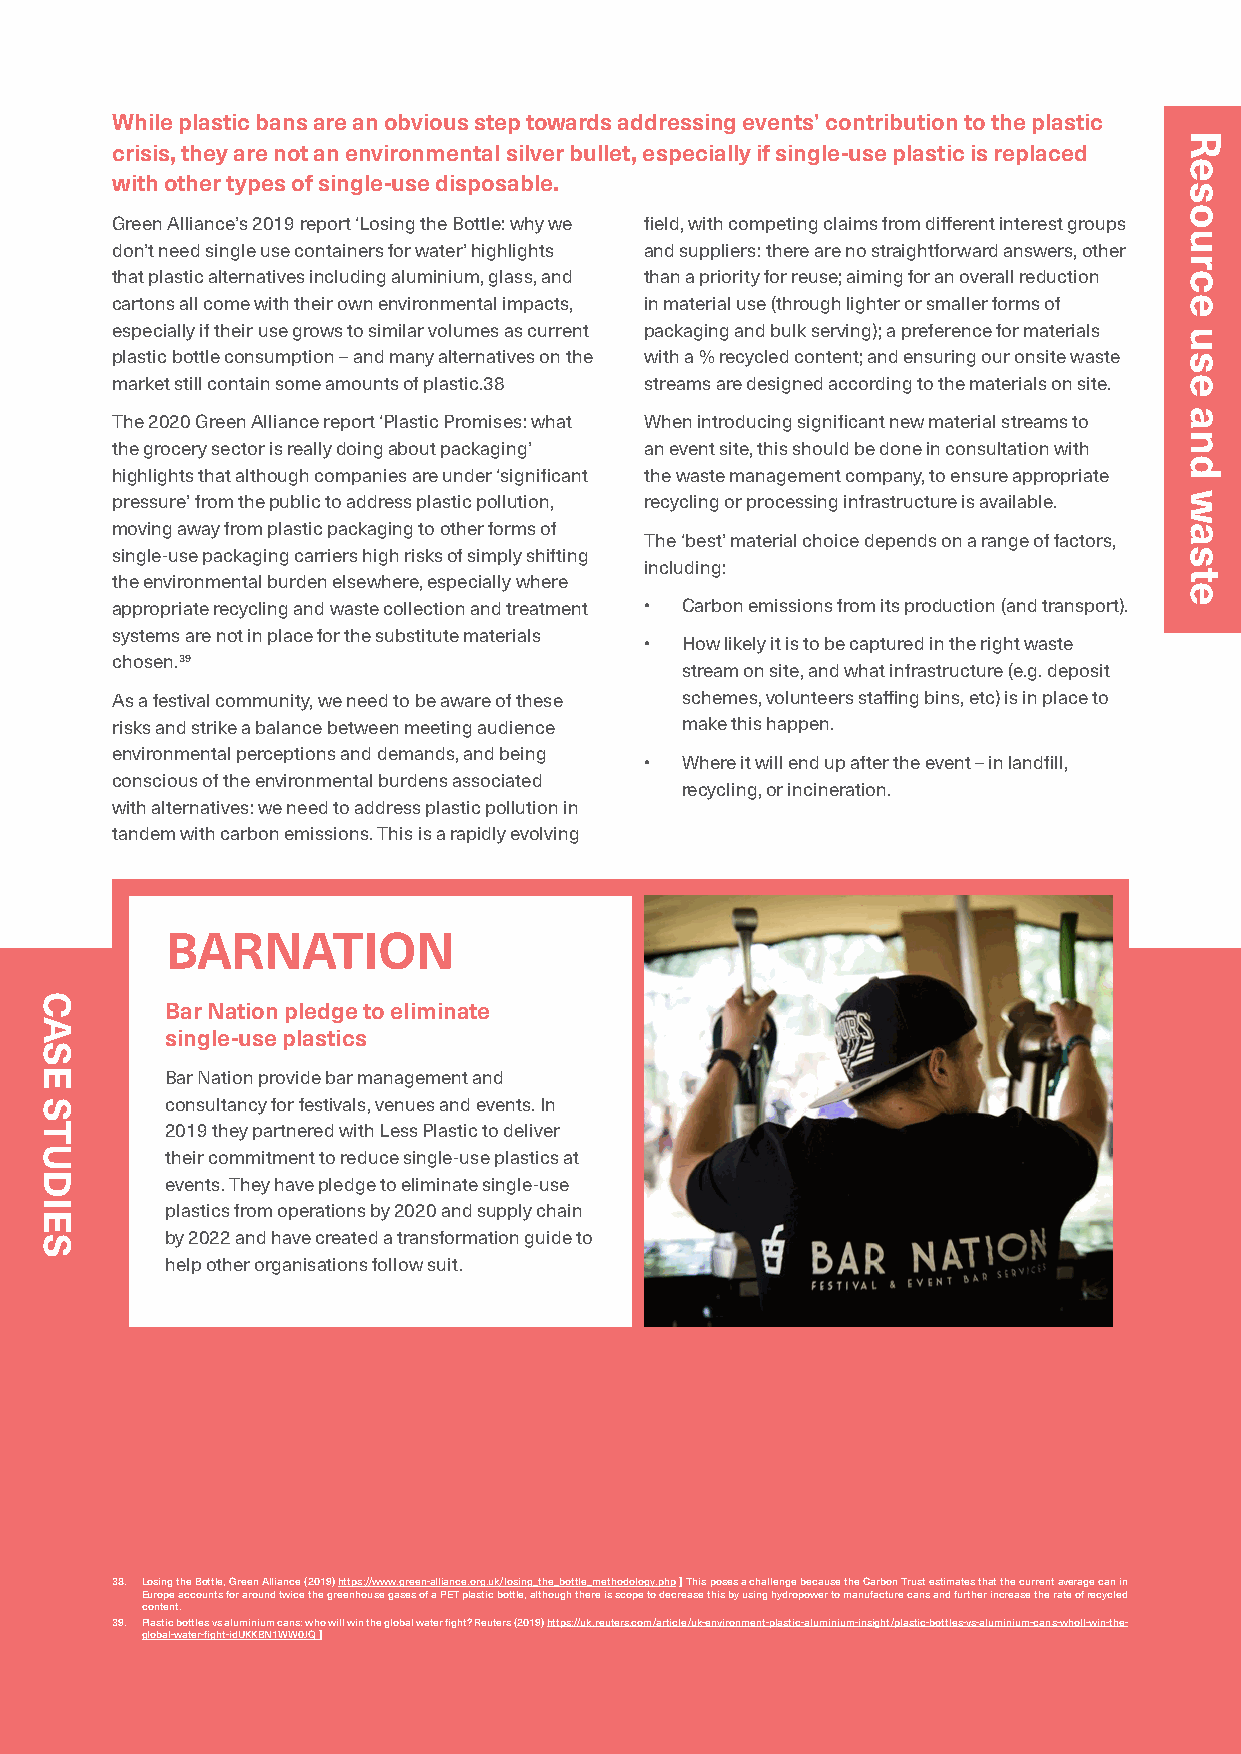
While plastic bans are an obvious step towards addressing events’ contribution to the plastic
 crisis, they are not an environmental silver bullet, especially if single-use plastic is replaced
 with other types of single-use disposable.
 Green Alliance’s 2019 report ‘Losing the Bottle: why we field, with competing claims from different interest groups
 don’t need single use containers for water’ highlights and suppliers: there are no straightforward answers, other
 that plastic alternatives including aluminium, glass, and than a priority for reuse; aiming for an overall reduction
 cartons all come with their own environmental impacts, in material use (through lighter or smaller forms of
 especially if their use grows to similar volumes as current packaging and bulk serving); a preference for materials
 plastic bottle consumption – and many alternatives on the with a % recycled content; and ensuring our onsite waste
 market still contain some amounts of plastic.38 streams are designed according to the materials on site.
 The 2020 Green Alliance report ‘Plastic Promises: what When introducing significant new material streams to
 the grocery sector is really doing about packaging’ an event site, this should be done in consultation with
 highlights that although companies are under ‘significant the waste management company, to ensure appropriate
 pressure’ from the public to address plastic pollution, recycling or processing infrastructure is available.
 moving away from plastic packaging to other forms of
 The ‘best’ material choice depends on a range of factors,
 single-use packaging carriers high risks of simply shifting
 including:
 the environmental burden elsewhere, especially where
 appropriate recycling and waste collection and treatment • Carbon emissions from its production (and transport).
 systems are not in place for the substitute materials
 • How likely it is to be captured in the right waste
 chosen.39
 stream on site, and what infrastructure (e.g. deposit
 As a festival community, we need to be aware of these schemes, volunteers staffing bins, etc) is in place to
 risks and strike a balance between meeting audience make this happen.
 environmental perceptions and demands, and being
 • Where it will end up after the event – in landfill,
 conscious of the environmental burdens associated
 recycling, or incineration.
 with alternatives: we need to address plastic pollution in
 tandem with carbon emissions. This is a rapidly evolving
 BARNATION
 Bar Nation pledge to eliminate
 single-use plastics
 Bar Nation provide bar management and
 consultancy for festivals, venues and events. In
 2019 they partnered with Less Plastic to deliver
 their commitment to reduce single-use plastics at
 events. They have pledge to eliminate single-use
 plastics from operations by 2020 and supply chain
 by 2022 and have created a transformation guide to
 help other organisations follow suit.
 38. Losing the Bottle, Green Alliance (2019) https://www.green-alliance.org.uk/losing_the_bottle_methodology.php ] This poses a challenge because the Carbon Trust estimates that the current average can in
 Europe accounts for around twice the greenhouse gases of a PET plastic bottle, although there is scope to decrease this by using hydropower to manufacture cans and further increase the rate of recycled
 content.
 39. Plastic bottles vs aluminium cans: who will win the global water fight? Reuters (2019) https://uk.reuters.com/article/uk-environment-plastic-aluminium-insight/plastic-bottles-vs-aluminium-cans-wholl-win-the-
 global-water-fight-idUKKBN1WW0JQ ]
 50
 CASE
 STUDIES
 Resource
 use
 and
 waste